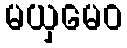
မယှမေဝ